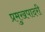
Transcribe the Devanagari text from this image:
प्रमुखपादरी